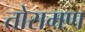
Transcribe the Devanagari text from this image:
तोरामण